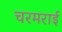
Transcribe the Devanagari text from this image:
चरमराई